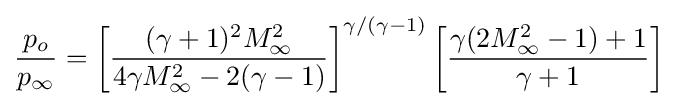
{\frac {p_{o}}{p_{\infty }}}=\left[{\frac {(\gamma +1)^{2}M_{\infty }^{2}}{4\gamma M_{\infty }^{2}-2(\gamma -1)}}\right]^{\gamma /(\gamma -1)}\left[{\frac {\gamma (2M_{\infty }^{2}-1)+1}{\gamma +1}}\right]